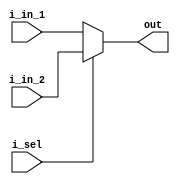
module mux(input[31:0] i_in_1,
	       input[31:0] i_in_2,
	       input i_sel,
	       output[31:0] out);

	assign out = (i_sel == 0 ? i_in_1 : i_in_2);
	
endmodule